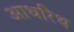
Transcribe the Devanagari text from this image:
आधरिथ